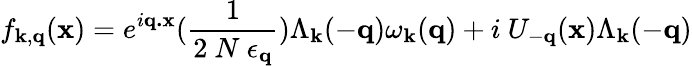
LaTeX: f_{{\mathbf{k}},{\mathbf{q}}}({\mathbf{x}})=e^{i{\mathbf{q.x}}}(\frac{1}{2\mathrm{~}N\mathrm{~}\epsilon_{{\mathbf{q}}}})\Lambda_{{\mathbf{k}}}(-{\mathbf{q}})\omega_{{\mathbf{k}}}({\mathbf{q}})+i\mathrm{~}U_{-{\mathbf{q}}}({\mathbf{x}})\Lambda_{{\mathbf{k}}}(-{\mathbf{q}})